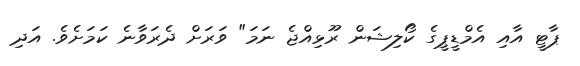
ޕާޓީ އާއި އެމްޑީޕީގެ ކޯލިޝަން ރޫޅިއްޖެ ނަމަ" ވަރަށް ދެރަވާނެ ކަމަށެވެ. އަދި